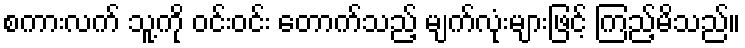
စကားလက် သူ့ကို ဝင်းဝင်း တောက်သည့် မျက်လုံးများဖြင့် ကြည့်မိသည်။